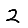
Digit: 2